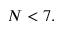
N < 7 .